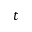
t